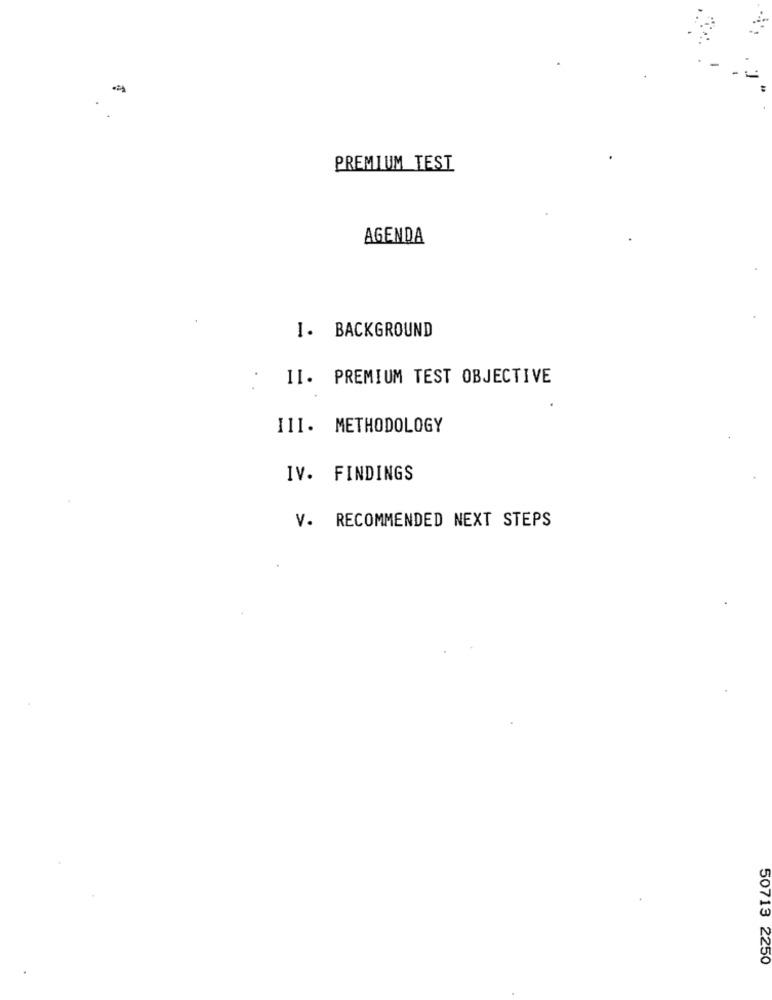
--
PREMIUM TEST
AGENDA
I. BACKGROUND
II. PREMIUM TEST OBJECTIVE
III. METHODOLOGY
IV. FINDINGS
V. RECOMMENDED NEXT STEPS
50713 2250